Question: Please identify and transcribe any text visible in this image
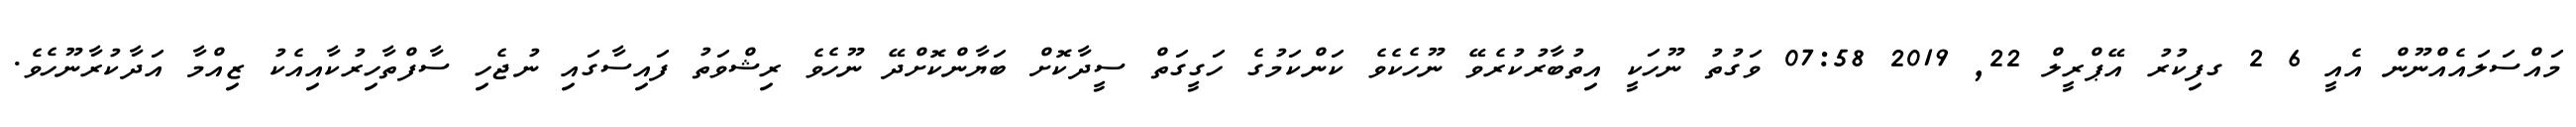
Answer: މައްސަލައެއްނޫން އެއީ 6 2 ގފިކުރު އޭޕްރީލް 22, 2019 07:58 ވަގުތު ނޫހަކީ އިތުބާރުކުރެވޭ ނޫހެކެވެ ކަންކަމުގެ ހަގީގަތް ސީދާކޮށް ބަޔާންކޮށްދޭ ނޫހެވެ ރިޝްވަތު ފައިސާގައި ނުޖެހި ސާފްތާހިރުކާއިއެކު ޒިއްމާ އަދާކުރާނޫހެވެ.